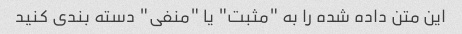
این متن داده شده را به "مثبت" یا "منفی" دسته بندی کنید